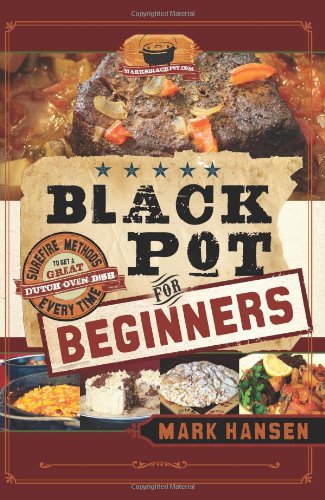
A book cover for Black Pot For Beginners: Sure-Fire Methods to Get a Great Dutch Oven Dish Every Time; Mark Hansen; Cookbooks, Food & Wine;